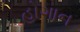
હોગાન